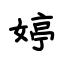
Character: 婷